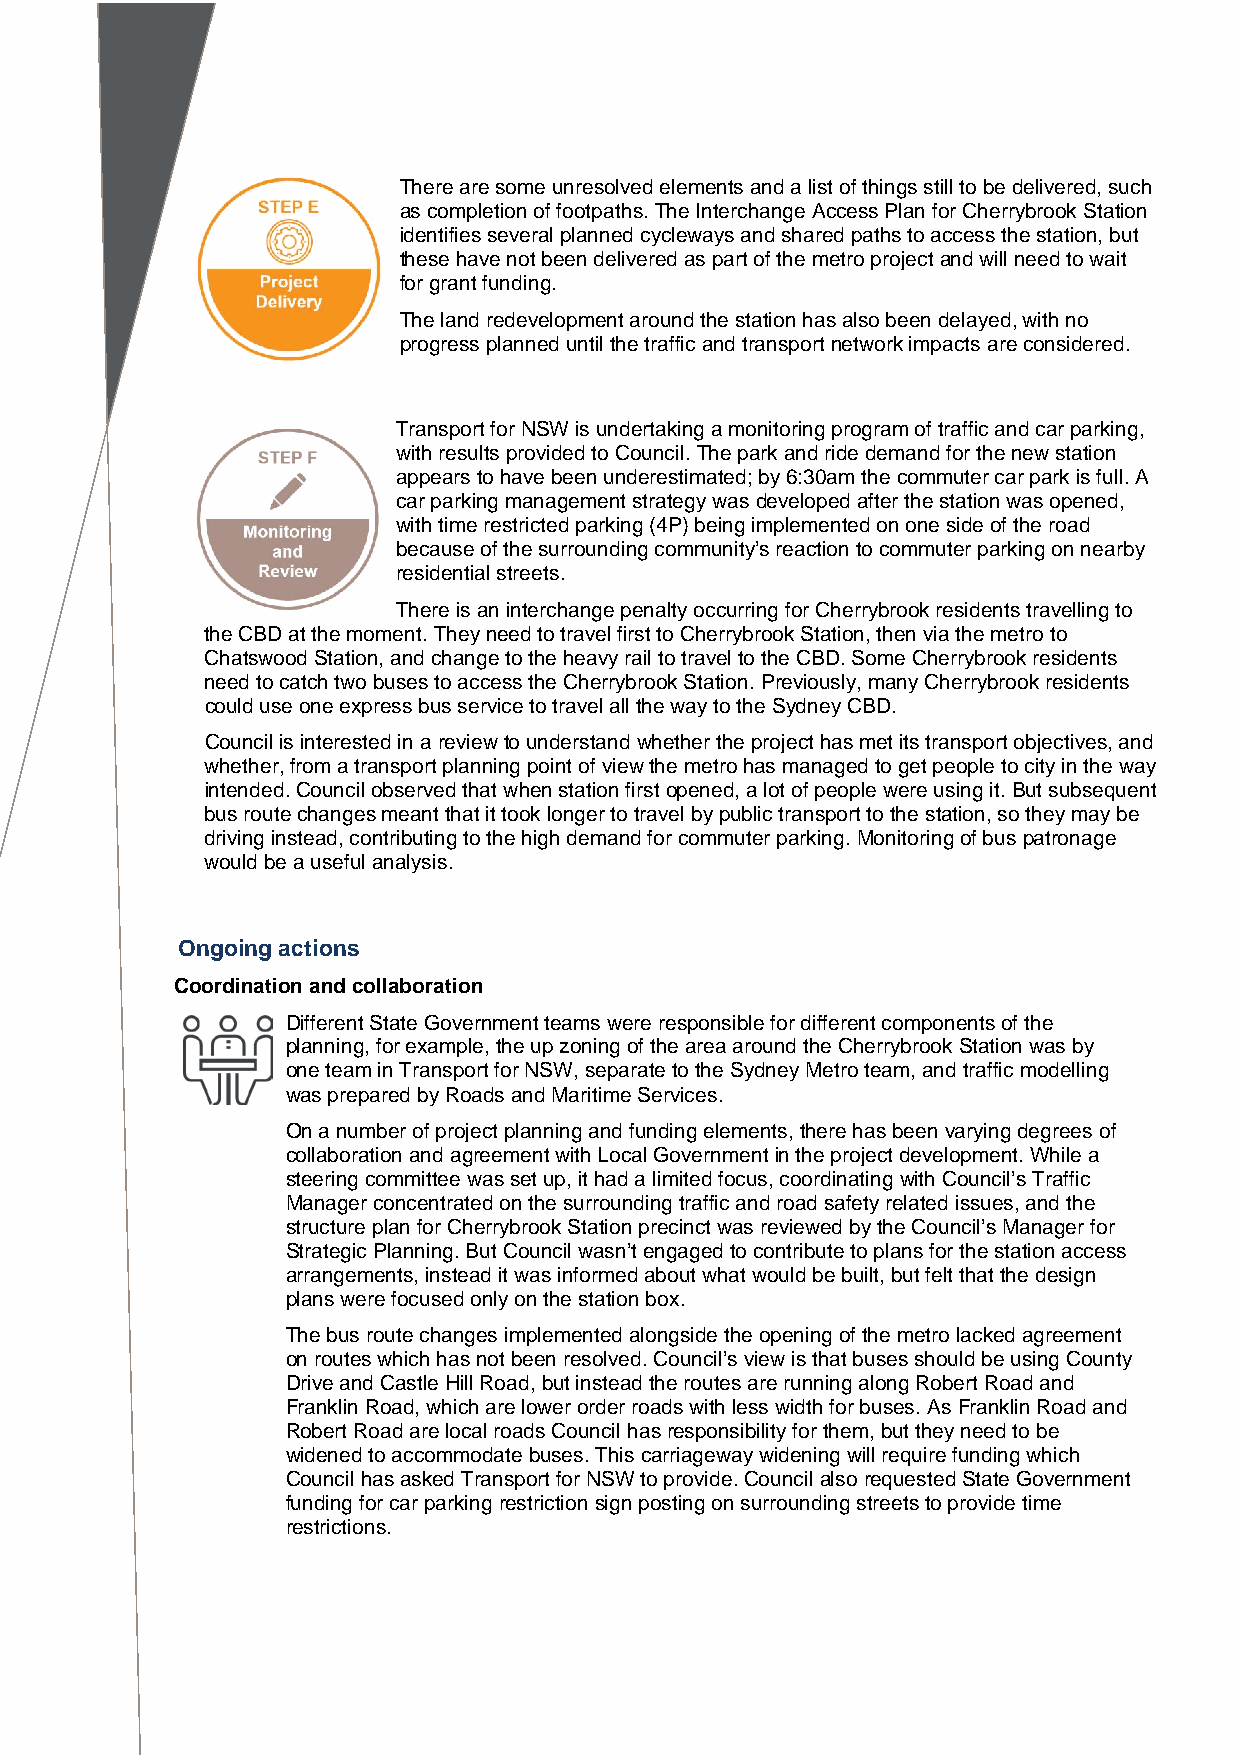
There are some unresolved elements and a list of things still to be delivered, such
 as completion of footpaths. The Interchange Access Plan for Cherrybrook Station
 identifies several planned cycleways and shared paths to access the station, but
 these have not been delivered as part of the metro project and will need to wait
 for grant funding.
 The land redevelopment around the station has also been delayed, with no
 progress planned until the traffic and transport network impacts are considered.
 Transport for NSW is undertaking a monitoring program of traffic and car parking,
 with results provided to Council. The park and ride demand for the new station
 appears to have been underestimated; by 6:30am the commuter car park is full. A
 car parking management strategy was developed after the station was opened,
 with time restricted parking (4P) being implemented on one side of the road
 because of the surrounding community’s reaction to commuter parking on nearby
 residential streets.
 There is an interchange penalty occurring for Cherrybrook residents travelling to
 the CBD at the moment. They need to travel first to Cherrybrook Station, then via the metro to
 Chatswood Station, and change to the heavy rail to travel to the CBD. Some Cherrybrook residents
 need to catch two buses to access the Cherrybrook Station. Previously, many Cherrybrook residents
 could use one express bus service to travel all the way to the Sydney CBD.
 Council is interested in a review to understand whether the project has met its transport objectives, and
 whether, from a transport planning point of view the metro has managed to get people to city in the way
 intended. Council observed that when station first opened, a lot of people were using it. But subsequent
 bus route changes meant that it took longer to travel by public transport to the station, so they may be
 driving instead, contributing to the high demand for commuter parking. Monitoring of bus patronage
 would be a useful analysis.
 Ongoing actions
 Coordination and collaboration
 Different State Government teams were responsible for different components of the
 planning, for example, the up zoning of the area around the Cherrybrook Station was by
 one team in Transport for NSW, separate to the Sydney Metro team, and traffic modelling
 was prepared by Roads and Maritime Services.
 On a number of project planning and funding elements, there has been varying degrees of
 collaboration and agreement with Local Government in the project development. While a
 steering committee was set up, it had a limited focus, coordinating with Council’s Traffic
 Manager concentrated on the surrounding traffic and road safety related issues, and the
 structure plan for Cherrybrook Station precinct was reviewed by the Council’s Manager for
 Strategic Planning. But Council wasn’t engaged to contribute to plans for the station access
 arrangements, instead it was informed about what would be built, but felt that the design
 plans were focused only on the station box.
 The bus route changes implemented alongside the opening of the metro lacked agreement
 on routes which has not been resolved. Council’s view is that buses should be using County
 Drive and Castle Hill Road, but instead the routes are running along Robert Road and
 Franklin Road, which are lower order roads with less width for buses. As Franklin Road and
 Robert Road are local roads Council has responsibility for them, but they need to be
 widened to accommodate buses. This carriageway widening will require funding which
 Council has asked Transport for NSW to provide. Council also requested State Government
 funding for car parking restriction sign posting on surrounding streets to provide time
 restrictions.